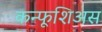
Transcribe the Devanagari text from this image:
कन्फूशिअस